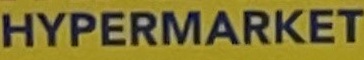
HYPERMARKET